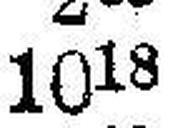
1018